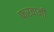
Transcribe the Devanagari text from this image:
फरवानी